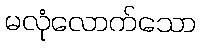
မလုံလောက်သော